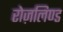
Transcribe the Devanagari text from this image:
रोज़लिण्ड